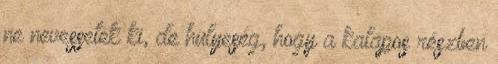
ne nevessetek ki, de hülyeség, hogy a kalapos részben